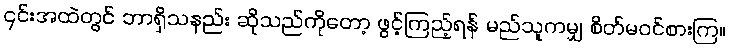
၎င်းအထဲတွင် ဘာရှိသနည်း ဆိုသည်ကိုတော့ ဖွင့်ကြည့်ရန် မည်သူကမျှ စိတ်မဝင်စားကြ။